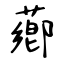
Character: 薌